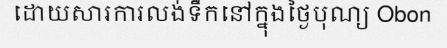
ដោយសារការលង់ទឹកនៅក្នុងថ្ងៃបុណ្យ Obon